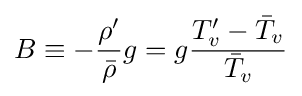
B\equiv -{\rho ^{\prime } \over {\bar {\rho }}}g=g{T_{v}^{\prime }-{\bar {T}}_{v} \over {\bar {T}}_{v}}